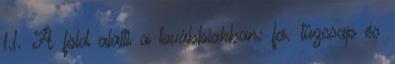
1.1. A föld alatti a továbbiakban: fa. tûzcsap és